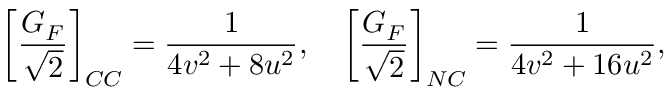
\left[ { \frac { G _ { F } } { \sqrt 2 } } \right] _ { C C } = { \frac { 1 } { 4 v ^ { 2 } + 8 u ^ { 2 } } } , ~ ~ ~ \left[ { \frac { G _ { F } } { \sqrt 2 } } \right] _ { N C } = { \frac { 1 } { 4 v ^ { 2 } + 1 6 u ^ { 2 } } } ,